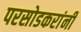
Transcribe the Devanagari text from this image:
परसोडकरांनी